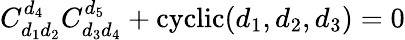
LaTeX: C_{d_{1}d_{2}}^{d_{4}}C_{d_{3}d_{4}}^{d_{5}}+\mathrm{cyclic}(d_{1},d_{2},d_{3})=0